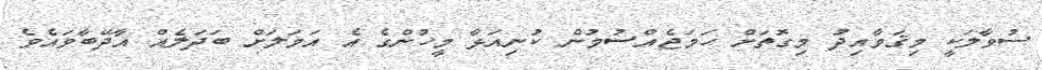
ސުވާލަކީ މިޤަވާއިދު މިގޮތަށް ހަމަޖެއްސުމުން ކުނިއަޅާ މީހުންގެ އެ އަމަލަށް ބަދަލެއް އާދޭބާވައެވެ